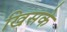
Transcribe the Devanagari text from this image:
खिसके